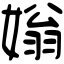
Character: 𡟸